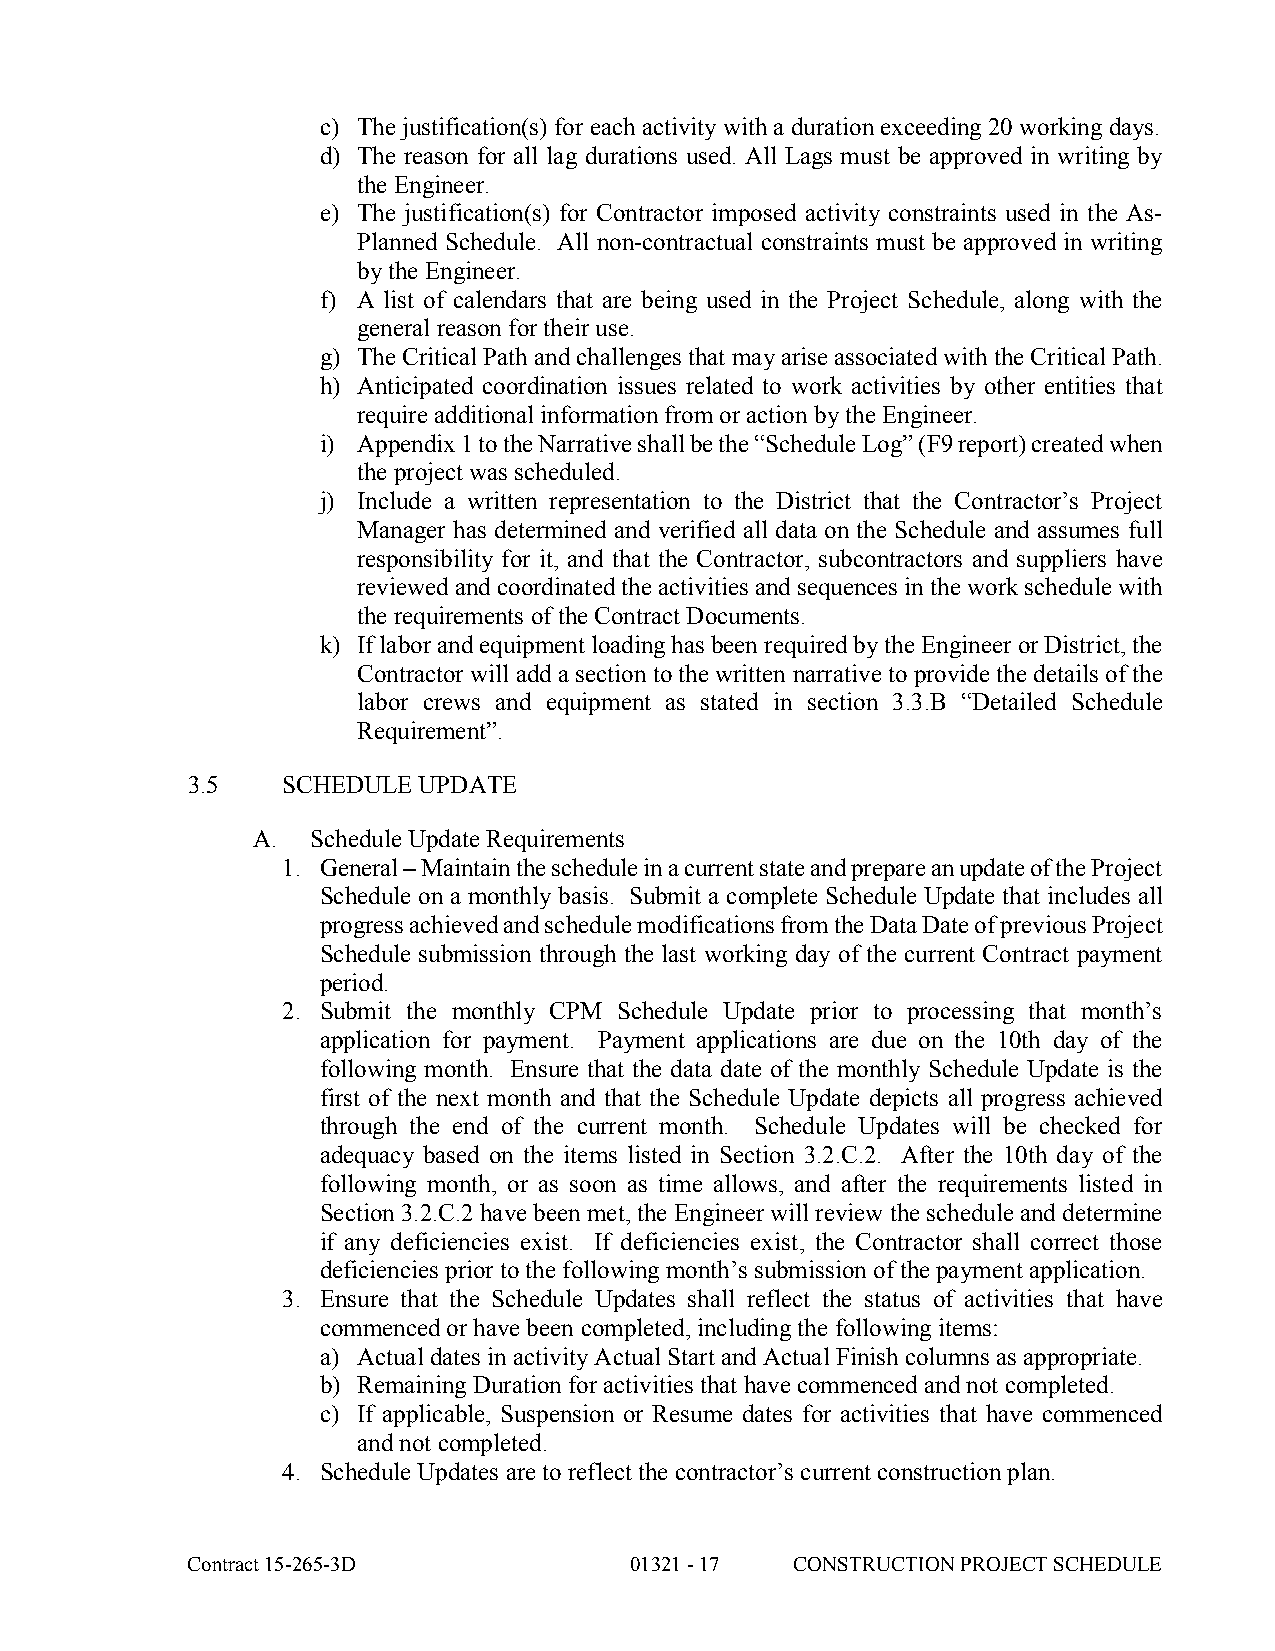
c) The justification(s) for each activity with a duration exceeding 20 working days.
 d) The reason for all lag durations used. All Lags must be approved in writing by
 the Engineer.
 e) The justification(s) for Contractor imposed activity constraints used in the As-
 Planned Schedule. All non-contractual constraints must be approved in writing
 by the Engineer.
 f) A list of calendars that are being used in the Project Schedule, along with the
 general reason for their use.
 g) The Critical Path and challenges that may arise associated with the Critical Path.
 h) Anticipated coordination issues related to work activities by other entities that
 require additional information from or action by the Engineer.
 i) Appendix 1 to the Narrative shall be the “Schedule Log” (F9 report) created when
 the project was scheduled.
 j) Include a written representation to the District that the Contractor’s Project
 Manager has determined and verified all data on the Schedule and assumes full
 responsibility for it, and that the Contractor, subcontractors and suppliers have
 reviewed and coordinated the activities and sequences in the work schedule with
 the requirements of the Contract Documents.
 k) If labor and equipment loading has been required by the Engineer or District, the
 Contractor will add a section to the written narrative to provide the details of the
 labor crews and equipment as stated in section 3.3.B “Detailed Schedule
 Requirement”.
 3.5    SCHEDULE UPDATE
 A.  Schedule Update Requirements
 1. General – Maintain the schedule in a current state and prepare an update of the Project
 Schedule on a monthly basis. Submit a complete Schedule Update that includes all
 progress achieved and schedule modifications from the Data Date of previous Project
 Schedule submission through the last working day of the current Contract payment
 period.
 2. Submit the monthly CPM Schedule Update prior to processing that month’s
 application for payment. Payment applications are due on the 10th day of the
 following month. Ensure that the data date of the monthly Schedule Update is the
 first of the next month and that the Schedule Update depicts all progress achieved
 through the end of the current month. Schedule Updates will be checked for
 adequacy based on the items listed in Section 3.2.C.2. After the 10th day of the
 following month, or as soon as time allows, and after the requirements listed in
 Section 3.2.C.2 have been met, the Engineer will review the schedule and determine
 if any deficiencies exist. If deficiencies exist, the Contractor shall correct those
 deficiencies prior to the following month’s submission of the payment application.
 3. Ensure that the Schedule Updates shall reflect the status of activities that have
 commenced or have been completed, including the following items:
 a) Actual dates in activity Actual Start and Actual Finish columns as appropriate.
 b) Remaining Duration for activities that have commenced and not completed.
 c) If applicable, Suspension or Resume dates for activities that have commenced
 and not completed.
 4. Schedule Updates are to reflect the contractor’s current construction plan.
 Contract 15-265-3D            01321 - 17 CONSTRUCTION PROJECT SCHEDULE